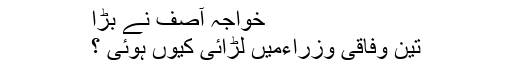
خواجہ آصف نے بڑا
تین وفاقی وزراءمیں لڑائی کیوں ہوئی ؟